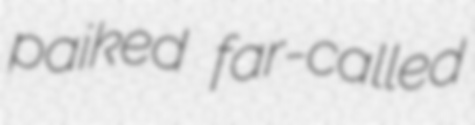
paiked far-called